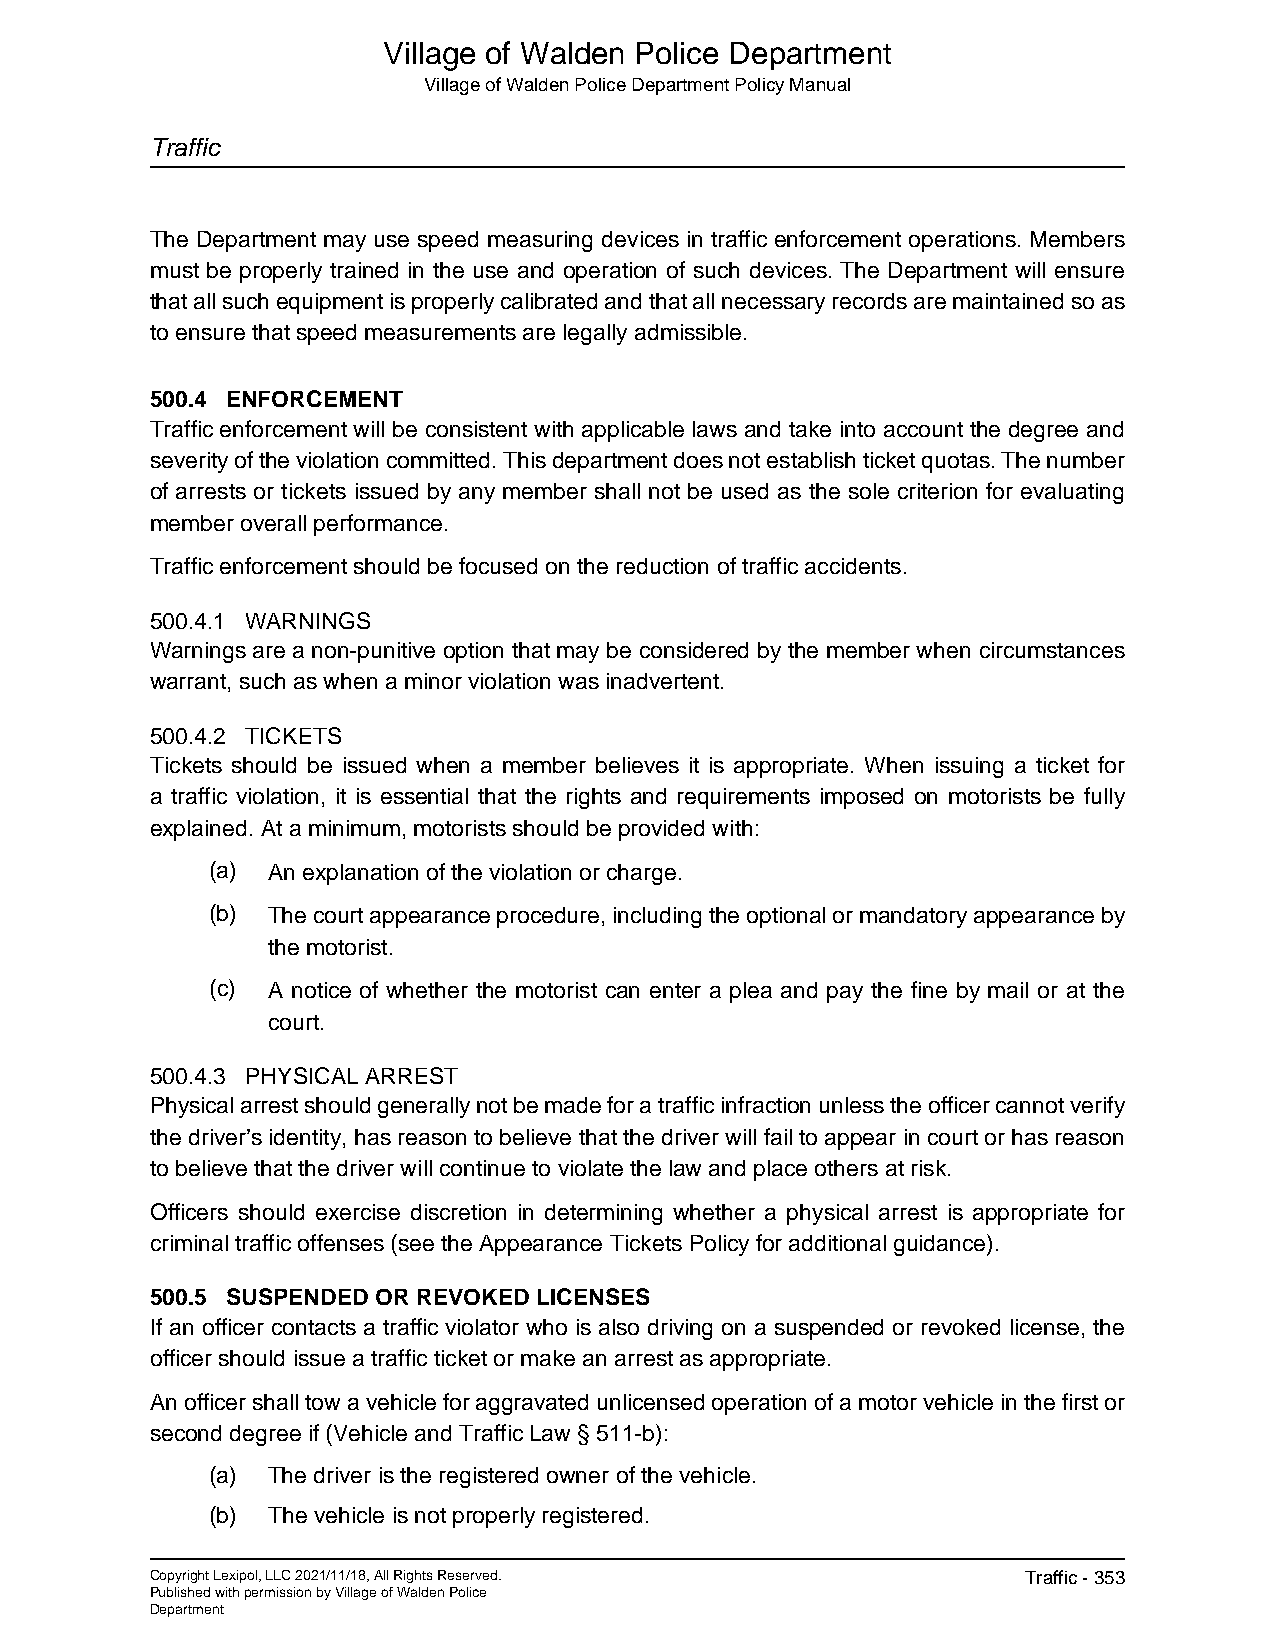
Village of Walden Police Department
 Village of Walden Police Department Policy Manual
 Traffic
 The Department may use speed measuring devices in traffic enforcement operations. Members
 must be properly trained in the use and operation of such devices. The Department will ensure
 that all such equipment is properly calibrated and that all necessary records are maintained so as
 to ensure that speed measurements are legally admissible.
 500.4 ENFORCEMENT
 Traffic enforcement will be consistent with applicable laws and take into account the degree and
 severity of the violation committed. This department does not establish ticket quotas. The number
 of arrests or tickets issued by any member shall not be used as the sole criterion for evaluating
 member overall performance.
 Traffic enforcement should be focused on the reduction of traffic accidents.
 500.4.1 WARNINGS
 Warnings are a non-punitive option that may be considered by the member when circumstances
 warrant, such as when a minor violation was inadvertent.
 500.4.2 TICKETS
 Tickets should be issued when a member believes it is appropriate. When issuing a ticket for
 a traffic violation, it is essential that the rights and requirements imposed on motorists be fully
 explained. At a minimum, motorists should be provided with:
 (a) An explanation of the violation or charge.
 (b) The court appearance procedure, including the optional or mandatory appearance by
 the motorist.
 (c) A notice of whether the motorist can enter a plea and pay the fine by mail or at the
 court.
 500.4.3 PHYSICAL ARREST
 Physical arrest should generally not be made for a traffic infraction unless the officer cannot verify
 the driver’s identity, has reason to believe that the driver will fail to appear in court or has reason
 to believe that the driver will continue to violate the law and place others at risk.
 Officers should exercise discretion in determining whether a physical arrest is appropriate for
 criminal traffic offenses (see the Appearance Tickets Policy for additional guidance).
 500.5 SUSPENDED OR REVOKED LICENSES
 If an officer contacts a traffic violator who is also driving on a suspended or revoked license, the
 officer should issue a traffic ticket or make an arrest as appropriate.
 An officer shall tow a vehicle for aggravated unlicensed operation of a motor vehicle in the first or
 second degree if (Vehicle and Traffic Law § 511-b):
 (a) The driver is the registered owner of the vehicle.
 (b) The vehicle is not properly registered.
 Copyright Lexipol, LLC 2021/11/18, All Rights Reserved.   Traffic - 353
 Published with permission by Village of Walden Police
 Department